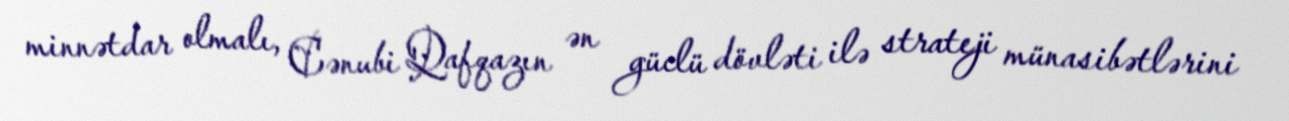
minnətdar olmalı, Cənubi Qafqazın ən güclü dövləti ilə strateji münasibətlərini